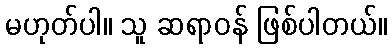
မဟုတ်ပါ။ သူ ဆရာဝန် ဖြစ်ပါတယ်။